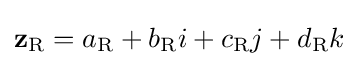
\mathbf {z} _{\rm {R}}=a_{\rm {R}}+b_{\rm {R}}i+c_{\rm {R}}j+d_{\rm {R}}k